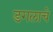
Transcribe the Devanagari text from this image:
डगलाचे